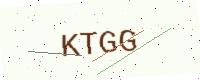
Text: KTGG